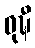
ဝုဍ္ဎီ